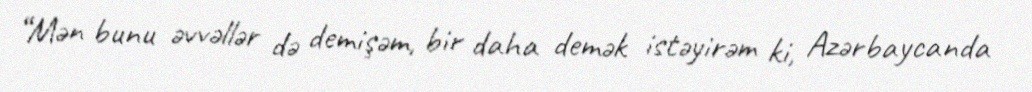
“Mən bunu əvvəllər də demişəm, bir daha demək istəyirəm ki, Azərbaycanda